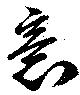
意